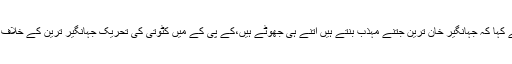
انہوں نے کہا کہ جہانگیر خان ترین جتنے مہذب بنتے ہیں اتنے ہی جھوٹے ہیں،کے پی کے میں کٹوتی کی تحریک جہانگیر ترین کے خلاف ہی چلی۔